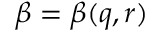
\beta = \beta ( q , r )